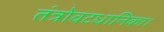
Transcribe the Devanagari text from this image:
तंत्रोवटधानिका।